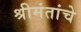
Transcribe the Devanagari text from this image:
श्रीमंतांचे